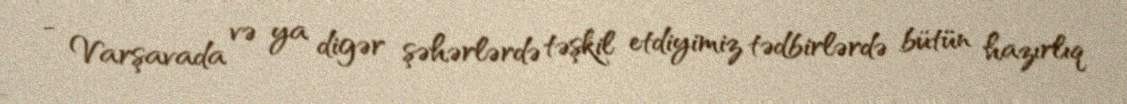
- Varşavada və ya digər şəhərlərdə təşkil etdiyimiz tədbirlərdə bütün hazırlıq